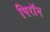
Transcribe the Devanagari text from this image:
पिरॉन